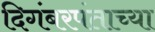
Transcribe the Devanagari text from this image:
दिगंबरपंताच्या